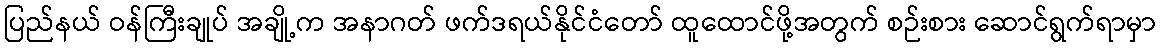
ပြည်နယ် ဝန်ကြီးချုပ် အချို့က အနာဂတ် ဖက်ဒရယ်နိုင်ငံတော် ထူထောင်ဖို့အတွက် စဉ်းစား ဆောင်ရွက်ရာမှာ